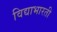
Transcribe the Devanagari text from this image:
विद्याभारती